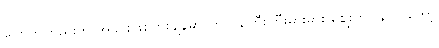
ပြောကတည်းက အခင်းဖြစ်ပွားချိန်မှာ တာဝန်ကြီးကြီးမားမား ဈေးကပြန်လာတော့